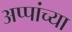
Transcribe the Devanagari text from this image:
अप्पांच्या